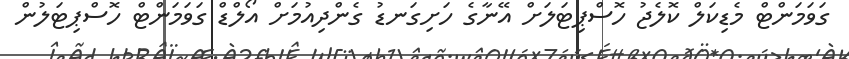
ގަވަމަންޓް މެޑިކަލް ކޮލެޖު ހޮސްޕިޓަލަށް އޭނާގެ ހަށިގަނޑު ގެންދިއުމަށް އޯލްޑް ގަވަމަންޓް ހޮސްޕިޓަލުން